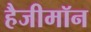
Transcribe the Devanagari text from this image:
हैजीमॉन